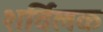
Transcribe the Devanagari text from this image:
शर्विलक